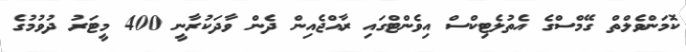
ކޮމަންވެލްތް ގޭމްސްގެ އެތުލެޓިކްސް އިވެންޓްގައި ރާއްޖެއިން ދެން ވާދަކުރާނީ 400 މީޓަރު ދުވުމުގެ